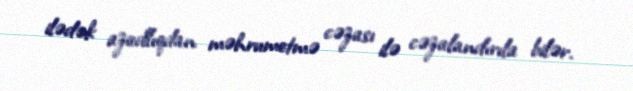
ilədək azadlıqdan məhrumetmə cəzası ilə cəzalandırıla bilər.